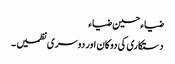
ضیاء حسین ضیاء
دستکاری کی دوکان اور دوسری نظمیں ۔